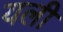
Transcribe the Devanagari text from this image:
यली